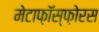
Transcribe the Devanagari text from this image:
मेटाफ़ॉस्फ़ोरस